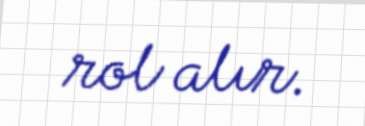
rol alır.